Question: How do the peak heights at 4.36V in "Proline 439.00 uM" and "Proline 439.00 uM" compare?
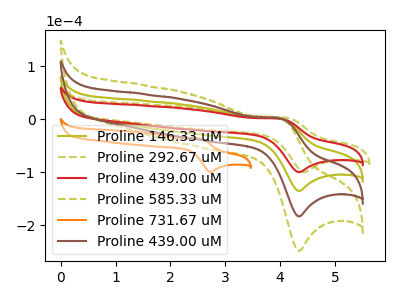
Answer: <think>The olive curve "Proline 146.33 uM" has an anodic peak at (4.00V, 1.15uA) and a cathodic peak at (4.35V, -135.25uA). The olive dashed curve "Proline 292.67 uM" has an anodic peak at (4.10V, 3.10uA) and a cathodic peak at (4.45V, -99.80uA). The red curve "Proline 439.00 uM" has an anodic peak at (4.00V, 0.85uA) and a cathodic peak at (4.35V, -99.80uA). The olive dashed curve "Proline 585.33 uM" has an anodic peak at (4.00V, 3.45uA) and a cathodic peak at (4.35V, -405.75uA). The orange curve "Proline 731.67 uM" has an anodic peak at (2.50V, -36.50uA) and a cathodic peak at (2.75V, -99.80uA). The brown curve "Proline 439.00 uM" has an anodic peak at (4.00V, 2.30uA) and a cathodic peak at (4.35V, -270.50uA).</think>
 <answer>The peak at 4.36V is lower in "Proline 439.00 uM" than in "Proline 439.00 uM".</answer>
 <eval>lower</eval>